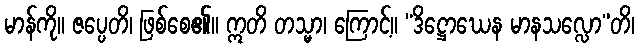
မာန်ကို။ ဇပ္ပေတိ၊ ဖြစ်စေ၏။ ဣတိ တသ္မာ၊ ကြောင့်။ “ဒိဋ္ဌောဃေန မာနသလ္လော”တိ၊